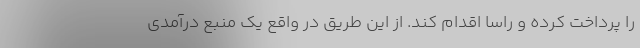
را پرداخت کرده و راسا اقدام کند. از این طریق در واقع یک منبع درآمدی